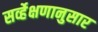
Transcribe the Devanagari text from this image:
सर्व्हेक्षणानुसार